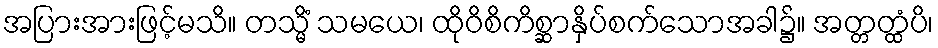
အပြားအားဖြင့်မသိ။ တသ္မိံ သမယေ၊ ထိုဝိစိကိစ္ဆာနှိပ်စက်သောအခါ၌။ အတ္တတ္ထံပိ၊